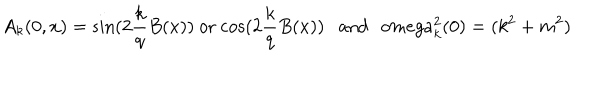
A _ { k } ( 0 , x ) = \mathrm { s i n } ( 2 \frac { k } { q } B ( x ) ) \ \mathrm { o r } \ \mathrm { c o s } ( 2 \frac { k } { q } B ( x ) ) \ \ \ \mathrm { a n d } \ \ \, o m e g a _ { k } ^ { 2 } ( 0 ) = ( k ^ { 2 } + m ^ { 2 } )